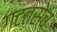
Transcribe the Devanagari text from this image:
गटतसेच